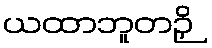
ယထာဘူတဉှိ